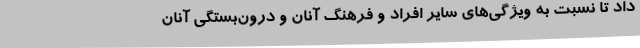
داد تا نسبت به ویژگی‌های سایر افراد و فرهنگ آنان و درون‌بستگی آنان